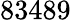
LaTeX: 83489